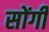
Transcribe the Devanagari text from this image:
सोंगी